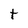
Character: t